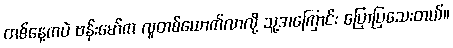
တစ်နေ့ကပဲ ဗန်းမော်က လူတစ်ယောက်လာလို့ သူ့အကြောင်း ပြောပြသေးတယ်။